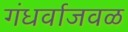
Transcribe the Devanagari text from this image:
गंधर्वाजवळ